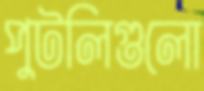
পুটলিগুলো